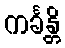
ကင်္ခန္တိ